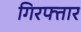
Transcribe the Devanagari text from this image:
गिरफ्तार